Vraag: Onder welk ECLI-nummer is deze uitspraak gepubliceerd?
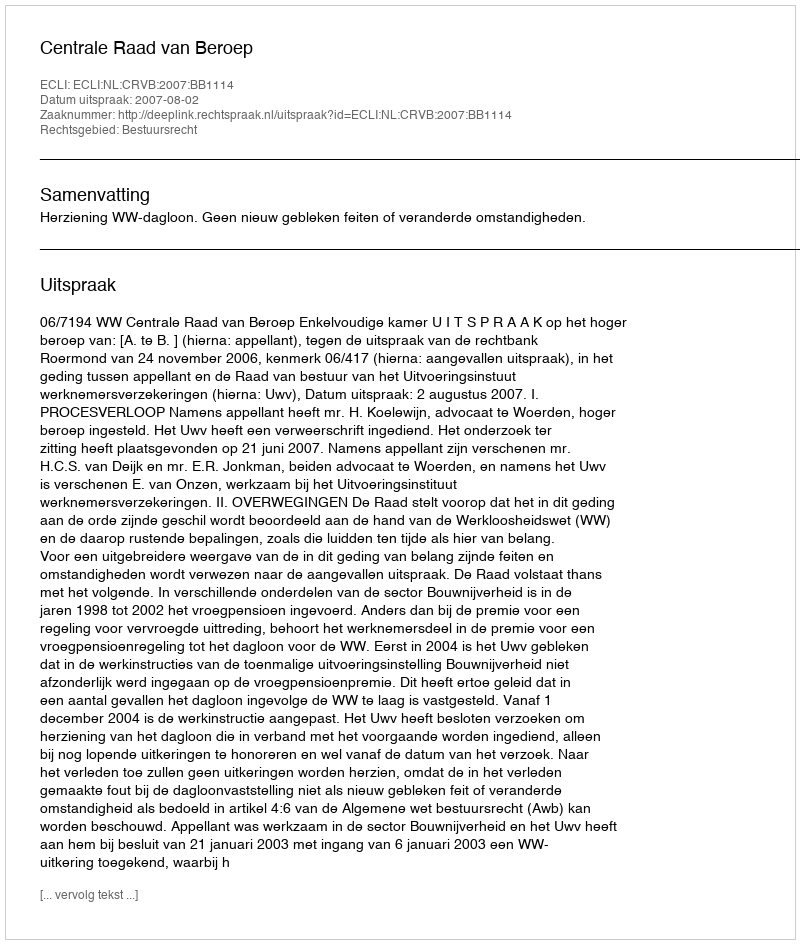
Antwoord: ECLI:NL:CRVB:2007:BB1114